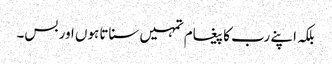
بلکہ اپنے رب کا پیغام تمہیں سناتا ہوں اور بس۔